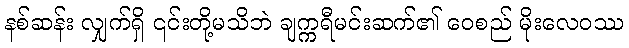
နစ်ဆန်း လျှက်ရှိ ၎င်းတို့မသိဘဲ ချက္ကရီမင်းဆက်၏ ဝေစည် မိုးလေဝဿ